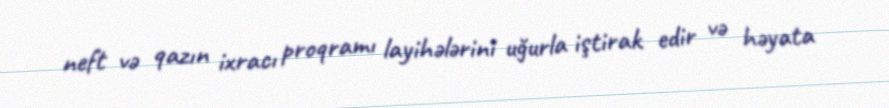
neft və qazın ixracı proqramı layihələrini uğurla iştirak edir və həyata